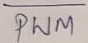
Text: PWM